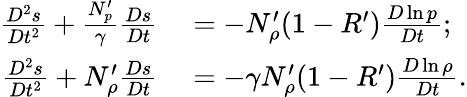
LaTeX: \begin{array}{rl}{\frac{D^{2}s}{Dt^{2}}+\frac{N_{p}^{\prime}}{\gamma}\frac{Ds}{Dt}}&{{}=-N_{\rho}^{\prime}(1-R^{\prime})\frac{D\ln p}{Dt};}\\ {\frac{D^{2}s}{Dt^{2}}+N_{\rho}^{\prime}\frac{Ds}{Dt}}&{{}=-\gamma N_{\rho}^{\prime}(1-R^{\prime})\frac{D\ln\rho}{Dt}.}\end{array}